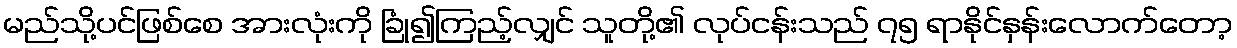
မည်သို့ပင်ဖြစ်စေ အားလုံးကို ခြုံ၍ကြည့်လျှင် သူတို့၏ လုပ်ငန်းသည် ၇၅ ရာနိုင်နှန်းလောက်တော့